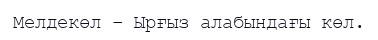
Мелдекөл – Ырғыз алабындағы көл.